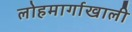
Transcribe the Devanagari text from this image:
लोहमार्गाखाली